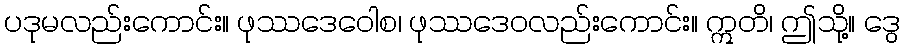
ပဒုမလည်းကောင်း။ ဖုဿဒေဝေါစ၊ ဖုဿဒေဝလည်းကောင်း။ ဣတိ၊ ဤသို့။ ဒွေ